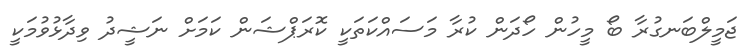
ޖަމީލްބަނގުރާ ބޯ މީހުން ހޯދަން ކުރާ މަސައްކަތަކީ ކޮރަޕްޝަން ކަމަށް ނަޝީދު ވިދާޅުވުމަކީ